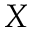
X